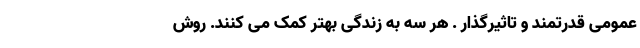
عمومی قدرتمند و تاثیرگذار . هر سه به زندگی بهتر کمک می کنند. روش